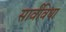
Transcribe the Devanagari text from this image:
सार्वविधा